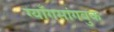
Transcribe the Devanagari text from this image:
ग्याँगसांगबुक